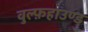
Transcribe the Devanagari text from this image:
वुल्फ़हाउण्ड